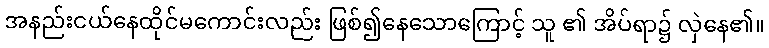
အနည်းငယ်နေထိုင်မကောင်းလည်း ဖြစ်၍နေသောကြောင့် သူ ၏ အိပ်ရာ၌ လှဲနေ၏။